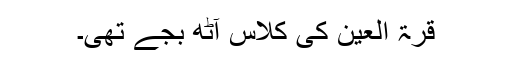
قرۃ العین کی کلاس آٹھ بجے تھی۔